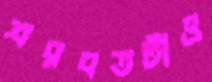
শরবতটাও